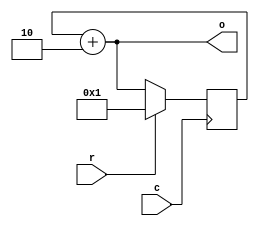
//Another way of writing counter with wired output(o).
module counter(o, c, r);
  input c, r;
  output [7:0]o;
  reg [7:0]o_1;
  always@(posedge c)
    begin
      if(r)
        o_1 <= 8'b1;
      else
        o_1 <= o;
    end
  assign o = o_1 + 8'h02;     //Counter with jump of 2 units
endmodule